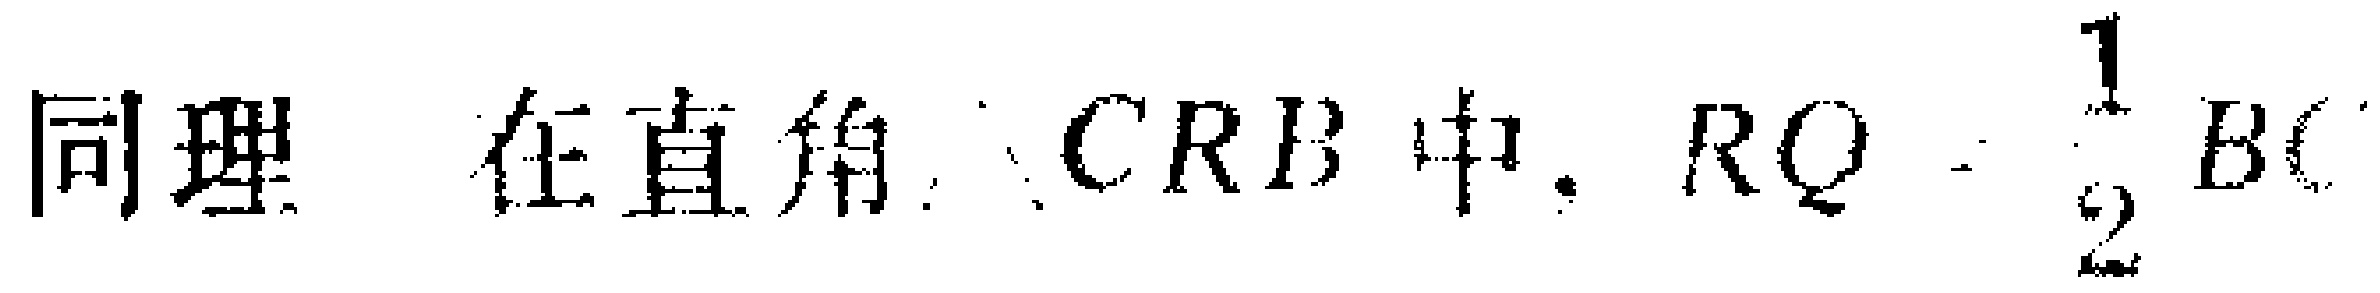
同理，在直角$\triangle CRB$中，$RQ = \frac{1}{2}BC$